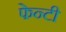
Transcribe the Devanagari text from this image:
फेन्टी